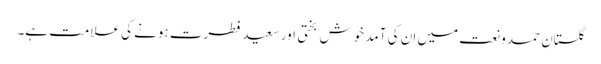
گلستانِ حمد و نعت میں ان کی آمد خوش بختی اور سعید فطرت ہونے کی علامت ہے۔